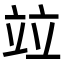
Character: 竝